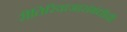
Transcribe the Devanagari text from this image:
रीतिरिवाजासंबंधीची